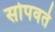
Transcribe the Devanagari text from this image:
सोपवते